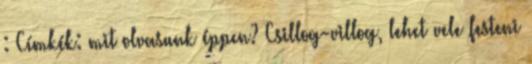
: Címkék: mit olvasunk éppen? Csillog-villog, lehet vele festeni